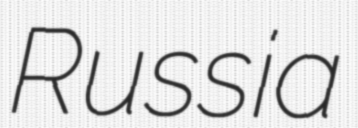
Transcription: Russia